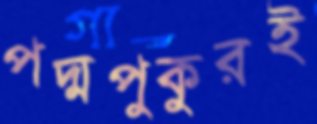
পদ্মপুকুরই